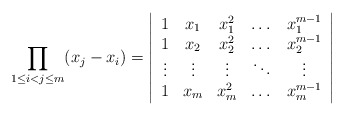
\begin{align*}\prod_{1\le i<j\le m}(x_{j}-x_{i})=\left| \begin{array}{ccccc}1 & x_{1} & x_{1}^{2} & \dots & x_{1}^{m-1} \\ 1 & x_{2} & x_{2}^{2} & \dots & x_{2}^{m-1} \\ \vdots & \vdots & \vdots & \ddots & \vdots \\ 1 & x_{m} & x_{m}^{2} & \dots & x_{m}^{m-1}\end{array}\right|\end{align*}